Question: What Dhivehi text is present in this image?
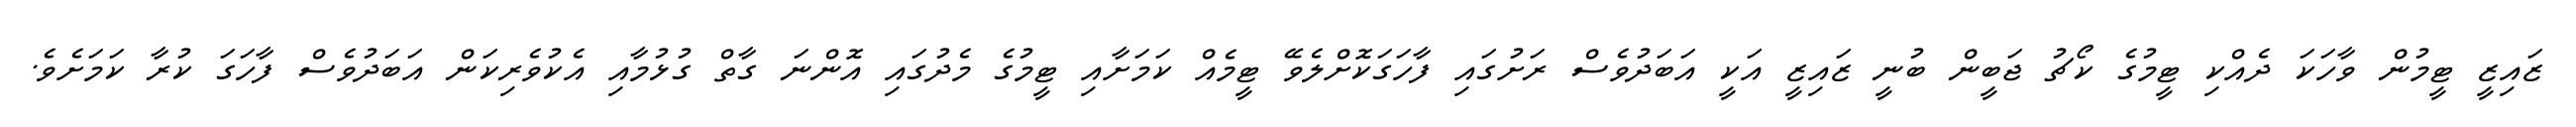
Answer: ޒައިޒީ ޓީމުން ވާހަކަ ދެއްކި ޓީމުގެ ކޯޗު ޖަބީން ބުނީ ޒައިޒީ އަކީ އަބަދުވެސް ރަށުގައި ފާހަގަކޮށްލެވޭ ޓީމެއް ކަމަށާއި ޓީމުގެ މެދުގައި އޮންނަ ގާތް ގުޅުމާއި އެކުވެރިކަން އަބަދުވެސް ފާހަގަ ކުރާ ކަމަށެވެ.